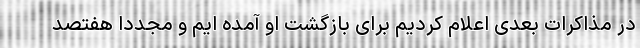
در مذاکرات بعدی اعلام کردیم برای بازگشت او آمده ایم و مجددا هفتصد